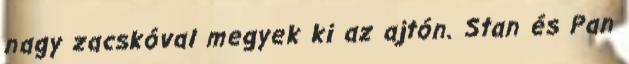
nagy zacskóval megyek ki az ajtón. Stan és Pan